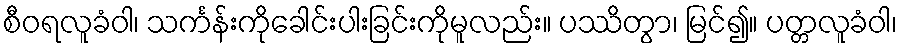
စီဝရလူခံဝါ၊ သင်္ကန်းကိုခေါင်းပါးခြင်းကိုမူလည်း။ ပဿိတွာ၊ မြင်၍။ ပတ္တလူခံဝါ၊